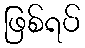
ဖြစ်ရပ်